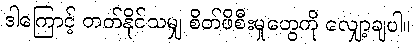
ဒါကြောင့် တတ်နိုင်သမျှ စိတ်ဖိစီးမှုတွေကို လျှော့ချပါ။